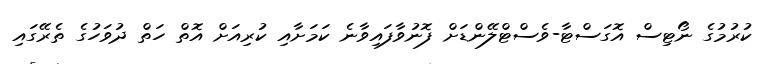
ކުރުމުގެ ނޯޓިސް އޮގަސްޓާ-ވެސްޓްލޭންޑަށް ފޮނުވާފައިވާނެ ކަމަށާއި ކުރިއަށް އޮތް ހަތް ދުވަހުގެ ތެރޭގައި